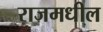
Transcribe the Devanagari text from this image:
राजमधील